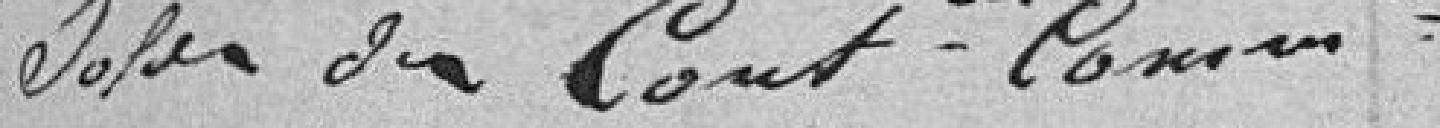
solde des Contributions communales